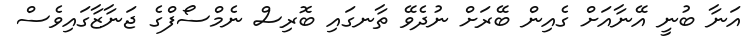
އަނާ ބުނީ އޭނާއަށް ގެއިން ބޭރަށް ނުދެވޭ ތާނގައި ބޮރިސް ނެމްސޯފްގެ ޖަނާޒާގައިވެސް